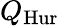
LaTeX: Q_{\mathrm{Hur}}